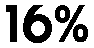
16%